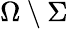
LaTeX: \Omega\setminus\Sigma